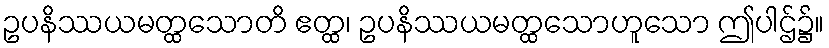
ဥပနိဿယမတ္ထသောတိ ဧတ္ထ၊ ဥပနိဿယမတ္ထသောဟူသော ဤပါဌ်၌။